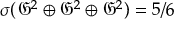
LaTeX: \sigma ( { \mathfrak { G } } ^ { 2 } \oplus { \mathfrak { G } } ^ { 2 } \oplus { \mathfrak { G } } ^ { 2 } ) = 5 / 6